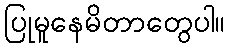
ပြုမူနေမိတာတွေပါ။